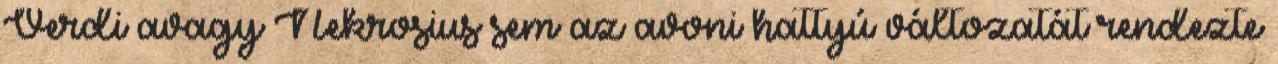
Verdi avagy Nekrosius sem az avoni hattyú változatát rendezte